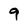
Character: 9